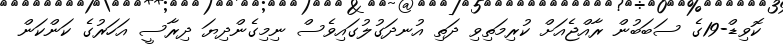
ކޮވިޑް-19ގެ ސަބަބުން ރާއްޖެއަށް ކުރިމަތިވި ދަތި އުނދަގުލުގައިވެސް ނިމިގެންދިޔަ ދިރާސީ އަހަރުގެ ކަންކަން